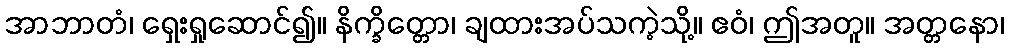
အာဘာတံ၊ ရှေးရှုဆောင်၍။ နိက္ခိတ္တော၊ ချထားအပ်သကဲ့သို့။ ဧဝံ၊ ဤအတူ။ အတ္တနော၊